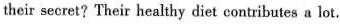
their secret? Their healthy diet contributes a lot.